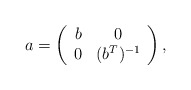
\begin{align*}a = \left( \begin{array}{cc}b & 0 \\0 & (b^T)^{-1}\end{array} \right),\end{align*}